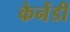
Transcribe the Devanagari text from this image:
केनेंडी